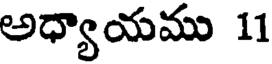
అధ్యాయము 11